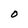
Character: 0